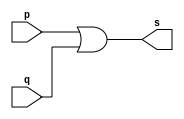
// --------------------- 
// Exemplo0014 - OR 
// Nome: Rafael Tadeu Cmapos de Medeiros 
// --------------------- 
// --------------------- 
// -- or gate 
// --------------------- 
module orgate (output s, 
input  p, q); 
assign s = p | q; 
endmodule // orgate
// --------------------- 
// -- test or gate 
// --------------------- 
module testorgate; 
// ------------------------- dados locais 
reg  a,b,c; // definir registrador 
wire s1, s2; // definir conexao (fio) 
// ------------------------- instancia 
orgate OR1 (s1, a, b); 
orgate OR2 (s2, s1, c);
// ------------------------- preparacao 
initial begin:start 
a=0; b=0; c=0;

end 
// ------------------------- parte principal 
initial begin:main 
$display("Exemplo0014 - Rafael Tadeu - 451609"); 
$display("Test OR gate"); 
$display("\n (a | b) | c  = s\n"); 
$monitor("((%b | %b) | %b) = %b", a, b, c, s2); 
#1 a=0; b=0; c=0;
#1 a=0; b=0; c=1;
#1 a=0; b=1; c=0;
#1 a=0; b=1; c=1;
#1 a=1; b=0; c=0;
#1 a=1; b=0; c=1;
#1 a=1; b=1; c=0;
#1 a=1; b=1; c=1;

end
endmodule // testorgate
//
 //Exemplo0014 - Rafael Tadeu - 451609
    //Test OR gate
    //
    // (a | b) | c  = s
    //
    //((0 | 0) | 0) = 0
    //((0 | 0) | 1) = 1
    //((0 | 1) | 0) = 1
    //((0 | 1) | 1) = 1
    //((1 | 0) | 0) = 1
    //((1 | 0) | 1) = 1
    //((1 | 1) | 0) = 1
    //((1 | 1) | 1) = 1